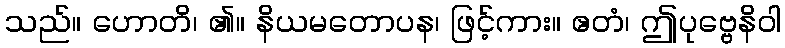
သည်။ ဟောတိ၊ ၏။ နိယမတောပန၊ ဖြင့်ကား။ ဧတံ၊ ဤပုဗ္ဗေနိဝါ